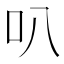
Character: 叭